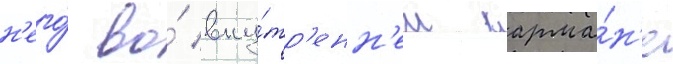
н'его́ во́ вну́тр'енн'ем карма́н'е